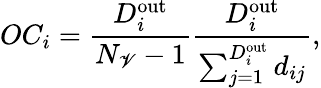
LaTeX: OC_{i}=\frac{D_{i}^{\mathrm{out}}}{N_{\mathscr{V}}-1}\frac{D_{i}^{\mathrm{out}}}{\sum_{j=1}^{D_{i}^{\mathrm{out}}}d_{ij}},